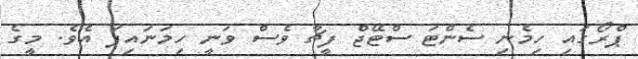
ޕްރޯގައި ހިމެނި ސެންޓަ ސްޓޭޖް ފީޗާ ވެސް ވަނީ ހިމަނައިފަ އެވެ. މީގެ